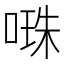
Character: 𠺾